Indian journal of veterinary science and animal husbandry - Volume 7,
Year: 1937
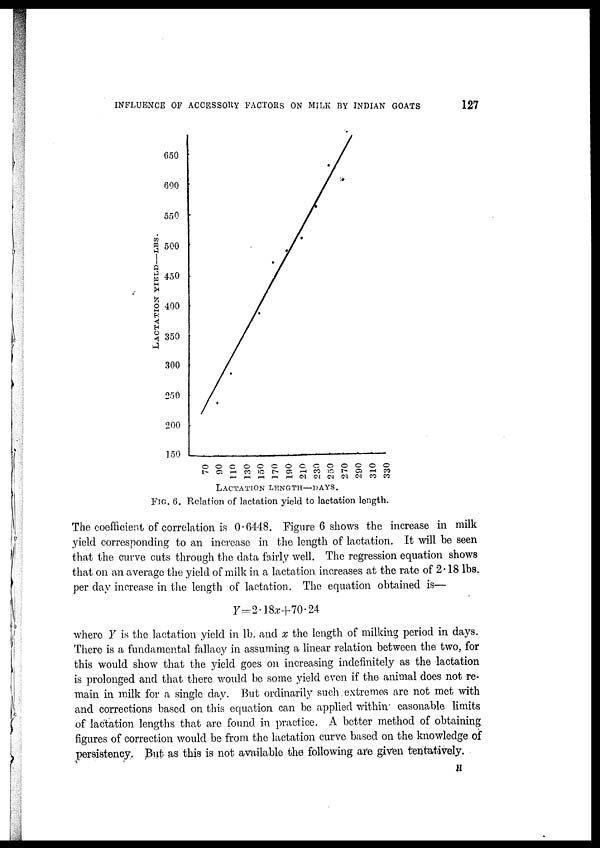
INFLUENCE OF ACCESSORY FACTORS ON MILK BY INDIAN GOATS
127
FIG. 6. Relation of lactation yield to lactation length.
The coefficient of correlation is 0.6448. Figure 6 shows the increase in milk
yield corresponding to an increase in the length of lactation. It will be seen
that the curve cuts through the data fairly well. The regression equation shows
that on an average the yield of milk in a lactation increases at the rate of 2.18 lbs.
per day increase in the length of lactation. The equation obtained is—
Y=2.18x+70.24
where Y is the lactation yield in lb. and x the length of milking period in days.
There is a fundamental fallacy in assuming a linear relation between the two, for
this would show that the yield goes on increasing indefinitely as the lactation
is prolonged and that there would be some yield even if the animal does not re-
main in milk for a single day. But ordinarily such extremes are not met with
and corrections based on this equation can be applied within easonable limits
of lactation lengths that are found in practice. A better method of obtaining
figures of correction would be from the lactation curve based on the knowledge of
persistency. But as this is not available the following are given tentatively.
H